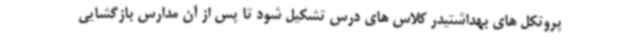
پروتکل های بهداشتیدر کلاس های درس تشکیل شود تا پس از آن مدارس بازگشایی